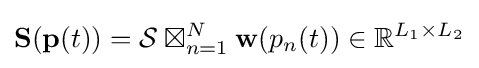
{\mathbf {S} }({\mathbf {p} }(t))={\mathcal {S}}\boxtimes _{n=1}^{N}\mathbf {w} (p_{n}(t))\in \mathbb {R} ^{L_{1}\times L_{2}}